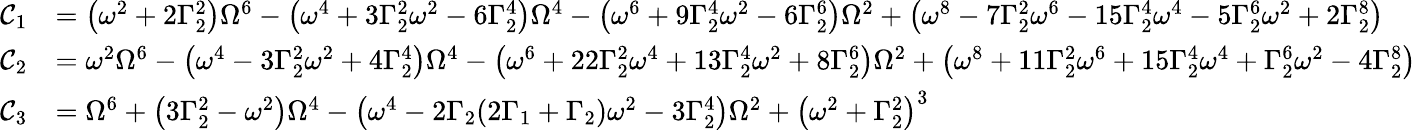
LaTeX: \begin{array}{rl}{\mathcal C_{1}}&{=\left(\omega^{2}+2\Gamma_{2}^{2}\right)\Omega^{6}-\left(\omega^{4}+3\Gamma_{2}^{2}\omega^{2}-6\Gamma_{2}^{4}\right)\Omega^{4}-\left(\omega^{6}+9\Gamma_{2}^{4}\omega^{2}-6\Gamma_{2}^{6}\right)\Omega^{2}+\left(\omega^{8}-7\Gamma_{2}^{2}\omega^{6}-15\Gamma_{2}^{4}\omega^{4}-5\Gamma_{2}^{6}\omega^{2}+2\Gamma_{2}^{8}\right)}\\ {\mathcal C_{2}}&{=\omega^{2}\Omega^{6}-\left(\omega^{4}-3\Gamma_{2}^{2}\omega^{2}+4\Gamma_{2}^{4}\right)\Omega^{4}-\left(\omega^{6}+22\Gamma_{2}^{2}\omega^{4}+13\Gamma_{2}^{4}\omega^{2}+8\Gamma_{2}^{6}\right)\Omega^{2}+\left(\omega^{8}+11\Gamma_{2}^{2}\omega^{6}+15\Gamma_{2}^{4}\omega^{4}+\Gamma_{2}^{6}\omega^{2}-4\Gamma_{2}^{8}\right)}\\ {\mathcal C_{3}}&{=\Omega^{6}+\left(3\Gamma_{2}^{2}-\omega^{2}\right)\Omega^{4}-\left(\omega^{4}-2\Gamma_{2}(2\Gamma_{1}+\Gamma_{2})\omega^{2}-3\Gamma_{2}^{4}\right)\Omega^{2}+\left(\omega^{2}+\Gamma_{2}^{2}\right)^{3}}\end{array}